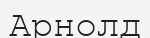
Арнолд